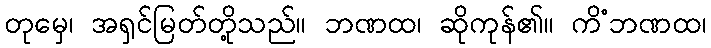
တုမှေ၊ အရှင်မြတ်တို့သည်။ ဘဏထ၊ ဆိုကုန်၏။ ကိံဘဏထ၊